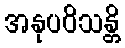
အနုပဝိသန္တိ